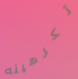
تكرهينه